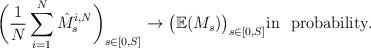
LaTeX: \begin{align*}\biggl( \frac1N \sum_{i=1}^N \hat{M}_{s}^{i,N}\biggr)_{s \in [0,S]} \rightarrow \bigl( {\mathbb E}(M_{s}) \bigr)_{s \in [0,S]}\textrm{in \ probability}. \end{align*}